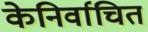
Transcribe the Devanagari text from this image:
केनिर्वाचित